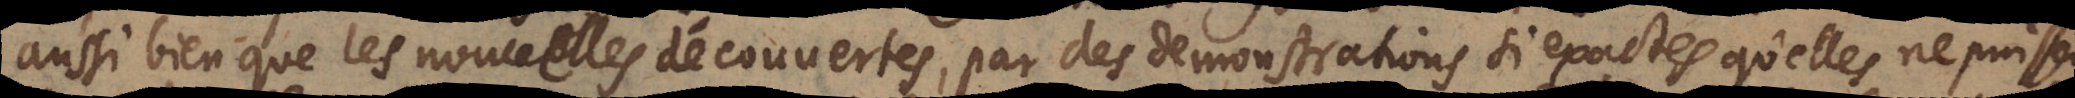
aussi bien que les nouvelles découvertes, par des demonstrations si exactes, qu’elles ne puissent